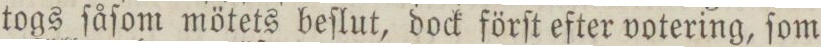
togs ſåſom mötets beſlut, dock förſt efter votering, ſom